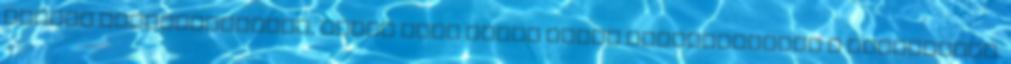
óbudai amfiteátrumban, amely első ízben kerül megrendezésre a kerületben.